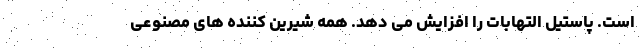
است. پاستیل التهابات را افزایش می دهد. همه شیرین کننده های مصنوعی